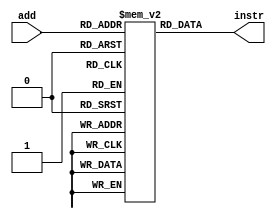
`timescale 1ns / 1ps
//////////////////////////////////////////////////////////////////////////////////
// Company: 
// Engineer: 
// 
// Design Name: 
// Module Name:    IM 
// Project Name: 
// Target Devices: 
// Tool versions: 
// Description: 
//
// Dependencies: 
//
// Revision: 
// Revision 0.01 - File Created
// Additional Comments: 
//
//////////////////////////////////////////////////////////////////////////////////
module IM(add,instr
    );
	input [11:2] add;
	output [31:0] instr;
	reg [31:0] im [0:1023];
	assign instr=im[add];

endmodule